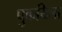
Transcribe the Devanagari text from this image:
पुकयिला